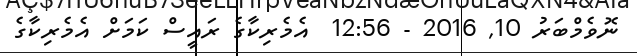
ނޮވެމްބަރު 10